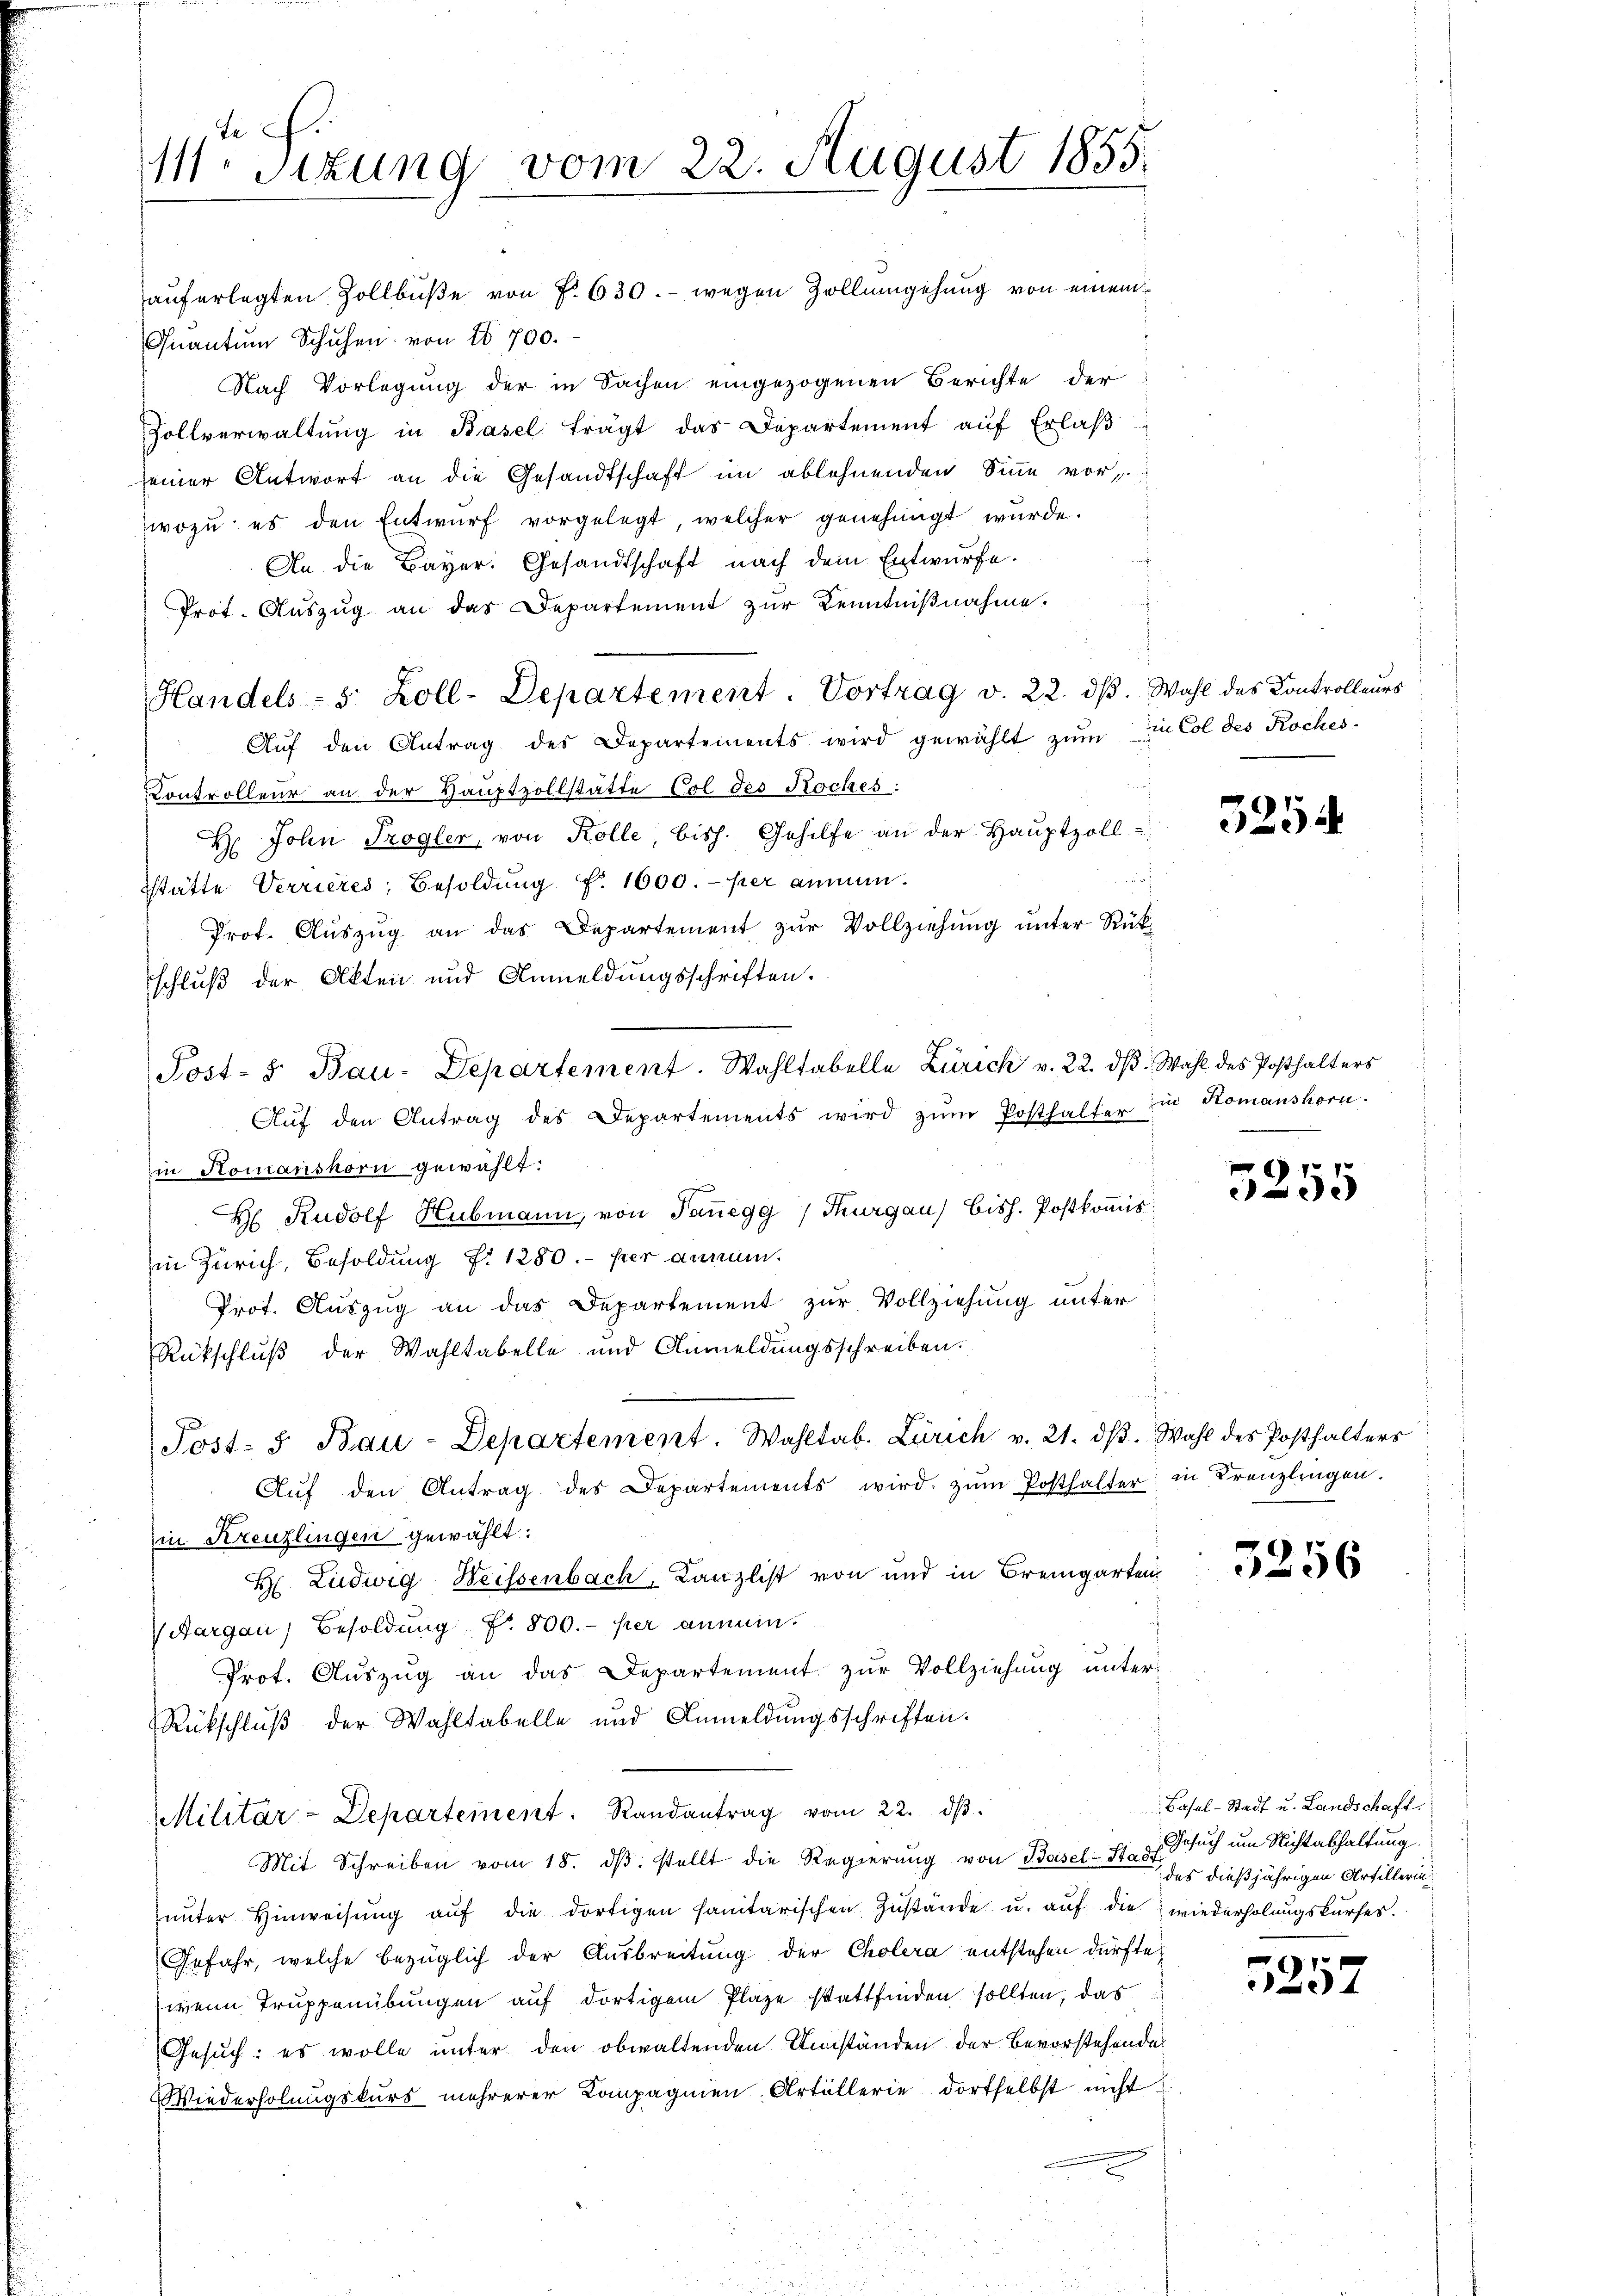
t c.
111. Sizung vom 22. August 1855.

auferlegten Zollbüße von No 630.- wegen Zollumgehung von einem
Quantum Schuhen von 10 700.
Nach Vorlegung der in Sachen eingezogenen Berichte der
Zollverwaltŭng in Basel trägt das Departement aŭf Erlaβ
seiner Antwort an die Gesandtschaft im ablehnenden Sinne vor,
wozu es den Entwŭrf vorgelegt, welcher genehmigt wurde.
An die Bayer. Gesandtschaft nach dem Entwürfe.
Prot. Auszug an das Departement zur Kenntnißnahme.
Handels- 8 Zoll-Departement. Vortrag v. 22. dβ. Wahl des Kontrolleurs
Aŭf den Antrag des Departements wird gewählt zŭm in Col des Roches-
Kontrolleur an der Hauptvollstätte Col des Koches:
H. John Trogler, von Kolle, bish. Gehilfe an der Haŭptzoll
stätte. Verrieres, Besoldung f. 1600.- per ammen.
Prot. Aŭszŭg an das Departement zŭr Vollziehŭng ŭnter Rück-
schluß der Akten und Anmeldungsschriften.
Post- u Bau-Departement. Wahltabelle Zürich v. 22. dβ. Wahl des Posthalters
Aŭf den Antrag des Departements wird zŭm Posthalter in Komanshorn.
in Romanshorn gewählt:
H Rudolf Hubmann, von Tauegg / Thurgau) bish. Postkoṁis
in Zürich, Besoldung f. 1280.- per annum.
Prot. Auszug an das Departement zur Vollziehung unter
Rückschluß der Wahltabelle und Anmeldungsschreiben.
Post- u Bau-Departement. Wahltab. Zürich v. 21. dβ. Wahl des Posthalters
Aŭf den Antrag des Departements wird zŭm Posthalter in Kreuzlragen.
in Kreuzlingen gewählt:
H Ludwig Weissenbach, Kanzlist von und in Bremgarten
Aargau, Besoldung Nr. 800.- per anmein
Prot. Auszug an das Departement zur Vollziehung unter
Rückschluß der Wahltabelle und Anmeldungsschriften.
Militär-Departement. Randantrag vom 22. dβ.
Mit Schreiben vom 18. dβ. stellt die Regierŭng von Basel-St. d. Gesuch um Nichtabhaltung.
ŭnter Hinweisŭng aŭf die dortigen sanitarischen Zustände u. auf die wiederholungskurses.
Gefahr, welche bezüglich der Ausbreitung der Cholera entstehen dürfte.
wenn Truppenübungen auf dortigem Plaze stattfinden sollten, das
Gesuch: es wolle unter den obwaltenden Umständen der Bevorstehende
Wiederholungskurs mehrerer Kompagnien-Artillerie dortselbst nicht

5254

5255

3256

Basel-Stadt u. Landschaft
des dießjährigen Artillerin

5252